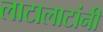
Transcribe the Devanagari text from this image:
लाटालाटांनी